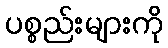
ပစ္စည်းများကို